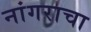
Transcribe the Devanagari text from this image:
नांगराचा